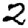
Digit: 2